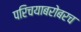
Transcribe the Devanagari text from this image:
परिचयाबरोबरच